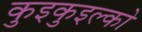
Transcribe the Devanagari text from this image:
कुइकुइल्को